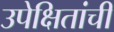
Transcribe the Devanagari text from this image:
उपेक्षितांची